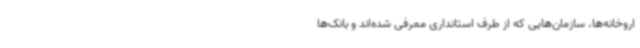
اروخانه‌ها، سازمان‌هایی که از طرف استانداری معرفی شده‌اند و بانک‌ها